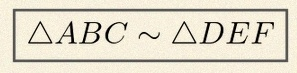
\triangle ABC\sim\triangle DEF